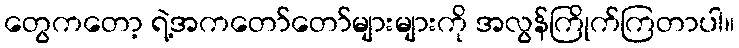
တွေကတော့ ရဲ့အကတော်တော်များများကို အလွန်ကြိုက်ကြတာပါ။